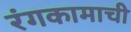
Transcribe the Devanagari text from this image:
रंगकामाची